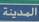
المدينة